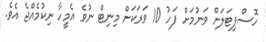
ހޮސްޕިޓަލަށް ވަނުމަށް ފަހު 10 ވަރަކަށް މިނިޓް ނުވެ އެމީހާ ނިކުމެއްޖެ އެވެ.